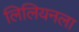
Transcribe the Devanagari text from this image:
लिलियनला